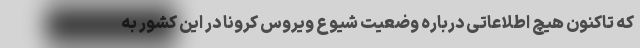
که تاکنون هیچ اطلاعاتی درباره وضعیت شیوع ویروس کرونا در این کشور به